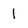
Character: 1